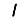
Digit: 1